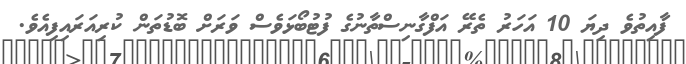
ފާއިތުވެ ދިޔަ 10 އަހަރު ތެރޭ އަފްގާނިސްތާނުގެ ފުޓުބޯޅަވެސް ވަރަށް ބޮޑުތަން ކުރިއަރައިފިއެވެ.